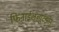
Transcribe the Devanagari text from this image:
फिनाईलब्युटॅझोन